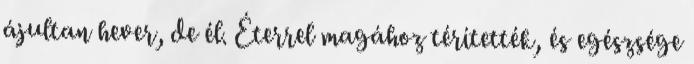
ájultan hever, de él. Éterrel magához térítették, és egészsége